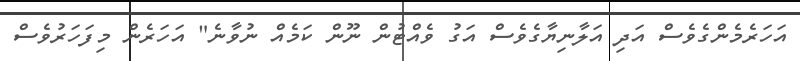
އަހަރެމެންގެވެސް އަދި އަލާނިޔާގެވެސް އަގު ވެއްޓުން ނޫން ކަމެއް ނުވާނެ" އަހަރެން މިފަހަރުވެސް